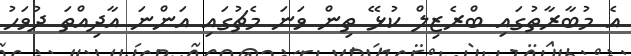
އެ މުބާރާތުގައި ބްރެޒިލް ކުޅޭ ތިން ވަނަ މެޗުގައި އަންނަ އާދިއްތަ ދުވަހު